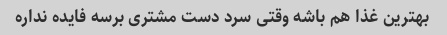
بهترین غذا هم باشه وقتی سرد دست مشتری برسه فایده نداره